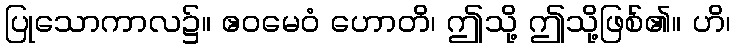
ပြုသောကာလ၌။ ဧဝမေဝံ ဟောတိ၊ ဤသို့ ဤသို့ဖြစ်၏။ ဟိ၊